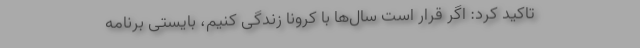
تاکید کرد: اگر قرار است سال‌ها با کرونا زندگی کنیم، بایستی برنامه